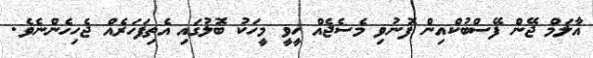
އާލަމް ޖޭން ފޭސްބުކްއިން ފޮނުވި މެސެޖެއް ހީވީ މީހަކު ބޮލުގައި އެތިފަހަރެއް ޖެހިހެންނެވެ.